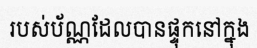
របស់ប័ណ្ណដែលបានផ្ទុកនៅក្នុង